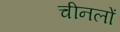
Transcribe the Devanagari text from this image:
चीनलों